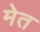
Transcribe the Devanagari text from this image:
मेत